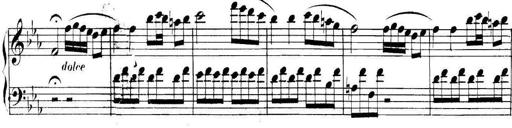
Title: Collected Piano Sonatas
Composer: Muzio Clementi